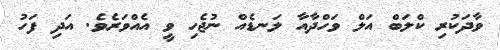
ވާދަކުރި ކްލަބް އަލް ވަހްދާއާ ލަނޑެއް ނުޖެހި ވީ އެއްވަރެވެ. އަދި ފަހު